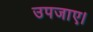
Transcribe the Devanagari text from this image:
उपजाए।